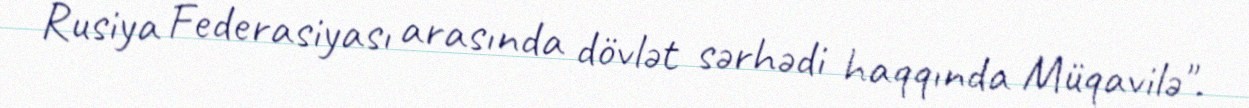
Rusiya Federasiyası arasında dövlət sərhədi haqqında Müqavilə".